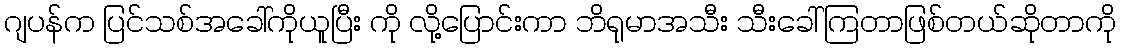
ဂျပန်က ပြင်သစ်အခေါ်ကိုယူပြီး ကို လို့ပြောင်းကာ ဘိရုမာအသီး သီးခေါ်ကြတာဖြစ်တယ်ဆိုတာကို